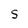
Character: S